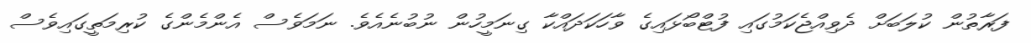
ފަރާތުން ކުލަބަށް ދެވިއްޖެކަމުގައި ފުޓްބޯޅައިގެ ވާހަކަދައްކާ ގިނަމީހުން ނުބުނެއެވެ. ނަމަވެސް އެންމެންގެ ކުރިމަތީގައިވެސް